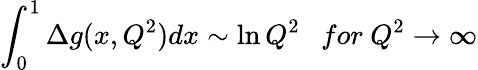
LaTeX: \int_{0}^{1}\Delta g(x,Q^{2})dx\sim\ln Q^{2}~~~for~Q^{2}\rightarrow\infty